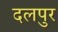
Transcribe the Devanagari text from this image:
दलपुर